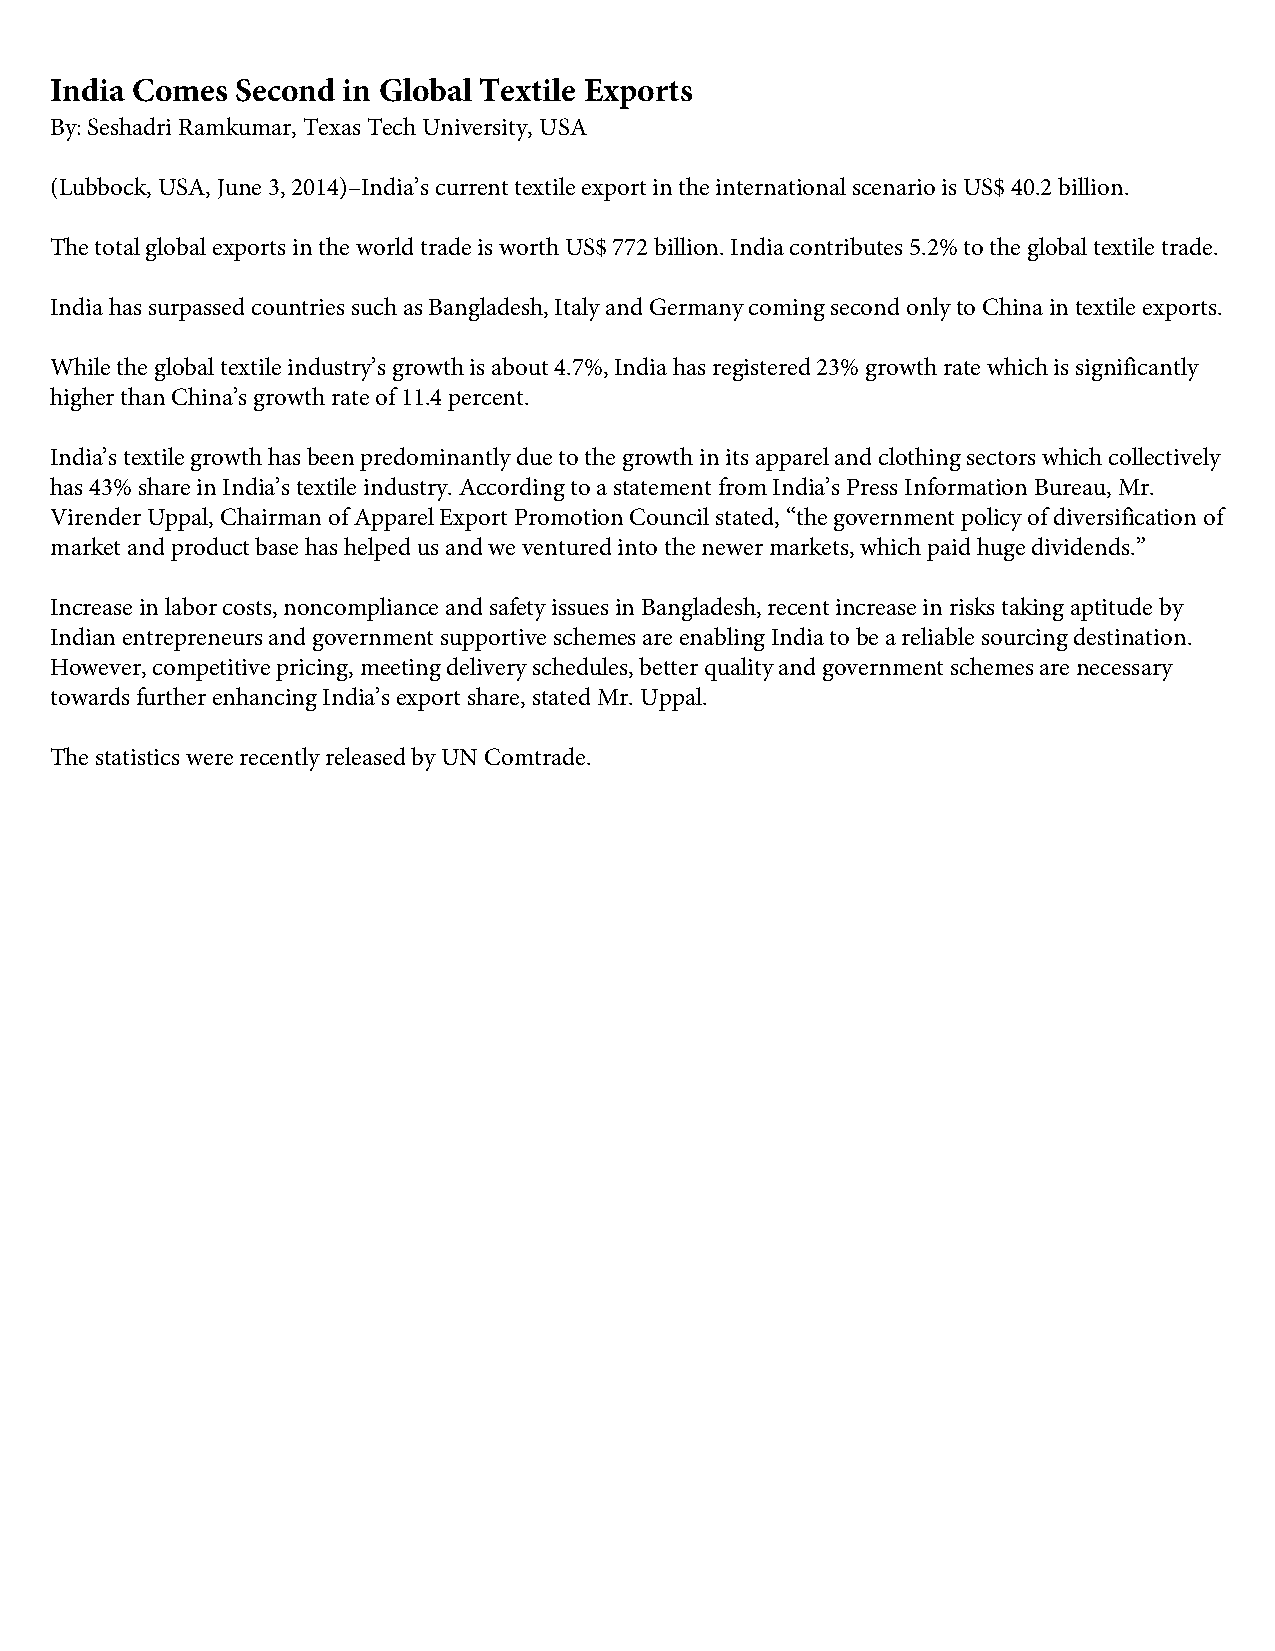
India Comes  Second in Global Textile Exports
 By: Seshadri Ramkumar, Texas Tech University, USA
 (Lubbock, USA, June 3, 2014)–India’s current textile export in the international scenario is US$ 40.2 billion.
 The total global exports in the world trade is worth US$ 772 billion. India contributes 5.2% to the global textile trade.
 India has surpassed countries such as Bangladesh, Italy and Germany coming second only to China in textile exports.
 While the global textile industry’s growth is about 4.7%, India has registered 23% growth rate which is significantly
 higher than China’s growth rate of 11.4 percent.
 India’s textile growth has been predominantly due to the growth in its apparel and clothing sectors which collectively
 has 43% share in India’s textile industry. According to a statement from India’s Press Information Bureau, Mr.
 Virender Uppal, Chairman of Apparel Export Promotion Council stated, “the government policy of diversification of
 market and product base has helped us and we ventured into the newer markets, which paid huge dividends.”
 Increase in labor costs, noncompliance and safety issues in Bangladesh, recent increase in risks taking aptitude by
 Indian entrepreneurs and government supportive schemes are enabling India to be a reliable sourcing destination.
 However, competitive pricing, meeting delivery schedules, better quality and government schemes are necessary
 towards further enhancing India’s export share, stated Mr. Uppal.
 The statistics were recently released by UN Comtrade.